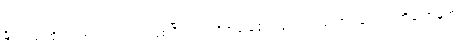
နိုင်ငံလုံးဆိုင်ရာအားလပ်ရက် ဖြစ်ပြီး လက်ရှိအခြေခံဥပဒေတည်ထောင်ခြင်း အထိမ်းအမှတ်